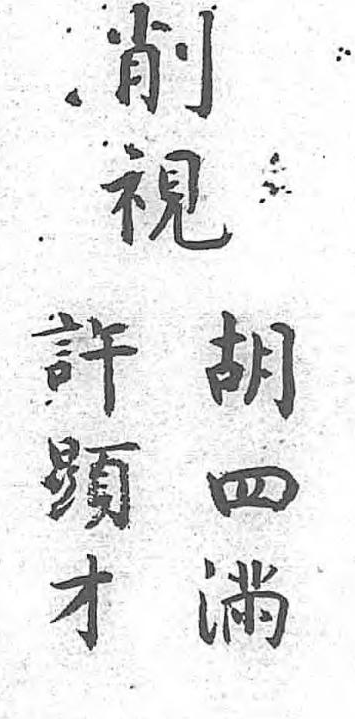
削胡許視四顯 滿才